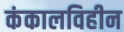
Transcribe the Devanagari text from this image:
कंकालविहीन